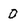
Character: 0